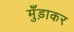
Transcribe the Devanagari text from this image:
मुँड़ाकर